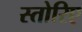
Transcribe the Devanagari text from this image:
स्तोरिए